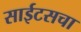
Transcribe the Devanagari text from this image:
साईटसचा